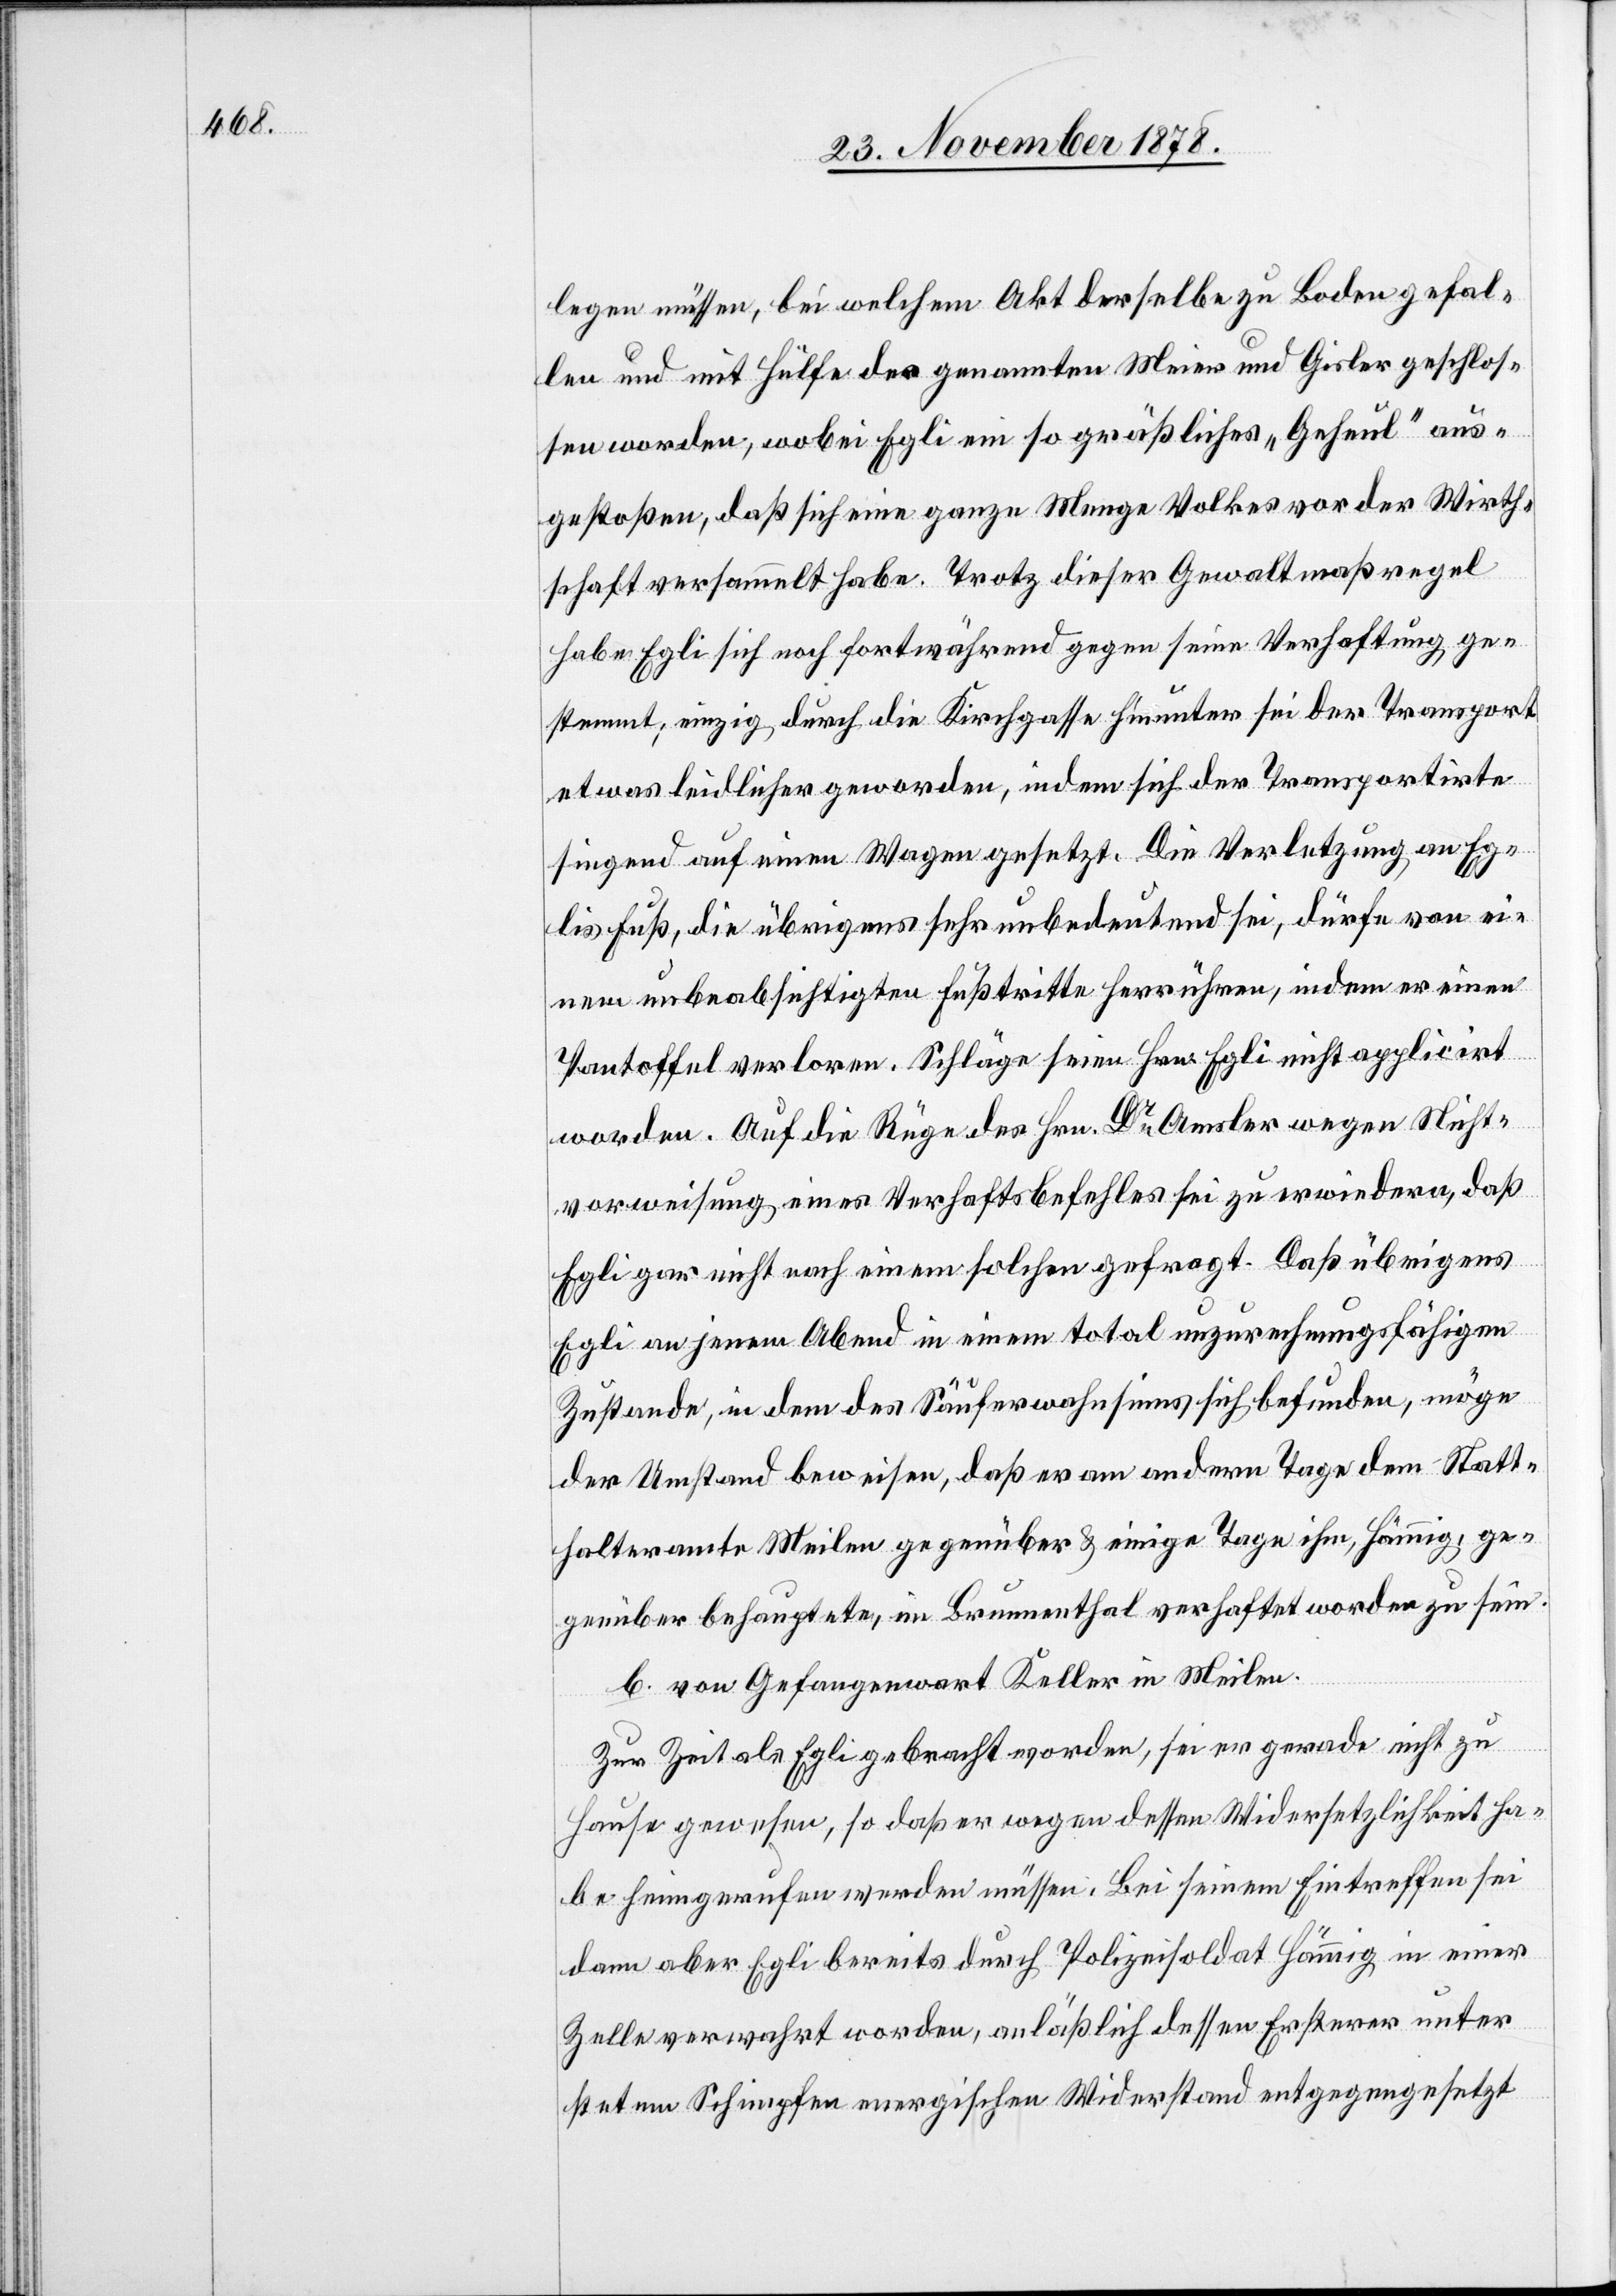
legen müssen, bei welchem Akt derselbe zu Boden gefal¬
len und mit Hülfe des genannten Meier und Gisler geschlos¬
sen worden, wobei Egli ein so grässliches „Geheul“ aus¬
gestoßen, daß sich eine ganze Menge Volkes vor der Wirth¬
schaft versammelt habe. Trotz dieser Gewaltmaßregel
habe Egli sich noch fortwährend gegen seine Verhaftung, ge¬
stemmt; einzig durch die Kirchgasse hinunter sei der Transport
etwas leidlicher geworden, indem sich der Transportirte
singend auf einen Wagen gesetzt. Die Verletzung an Eg¬
lis Fuß, die übrigens sehr unbedeutend sei, dürfe von ei¬
nem unbeabsichtigten Fußtritte herrühren, indem er einen
Pantoffel verloren. Schläge seien Hrn. Egli nicht applicirt
worden. Auf die Rüge des Hrn. Dr Amsler wegen Nicht¬
vorweisung eines Verhaftsbefehles sei zu erwiedern, daß
Egli gar nicht nach einem solchen gefragt. Daß übrigens
Egli an jenem Abend in einem total unzurechnungsfähigen
Zustande, in dem des Säuferwahnsinns sich befinden, möge
der Umstand beweisen, daß er am andern Tage dem Statt¬
halteramte Meilen gegenüber & einige Tage ihm, Hämmig, ge¬
genüber behauptete, im Brumenthal [sic!] verhaftet worden zu sein.
b. vom Gefangenwart Keller in Meilen.
Zur Zeit als Egli gebracht worden, sei er gerade nicht zu
Hause gewesen, so daß er wegen dessen Widersetzlichkeit ha¬
be heimgerufen werden müssen. Bei seinem Eintreffen sei
dann aber Egli bereits durch Polizeisoldat Hämmig in einer
Zelle verwahrt worden, anläßlich dessen Ersterer unter
stetem Schimpfen energischen Widerstand entgegensetzt